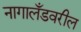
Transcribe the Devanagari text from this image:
नागालँडवरील